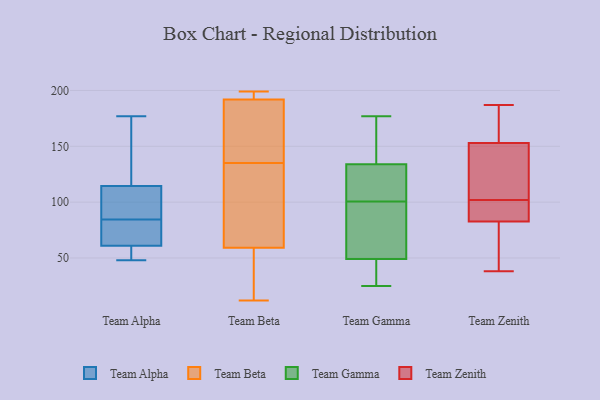
{"axis": {"x": "Latency (ms)", "y": "Value"}, "legend": ["Team Alpha", "Team Beta", "Team Gamma", "Team Zenith"], "data": [{"x": "", "y": 64, "type": "Team Alpha"}, {"x": "", "y": 95, "type": "Team Alpha"}, {"x": "", "y": 99, "type": "Team Alpha"}, {"x": "", "y": 162, "type": "Team Alpha"}, {"x": "", "y": 81, "type": "Team Alpha"}, {"x": "", "y": 48, "type": "Team Alpha"}, {"x": "", "y": 59, "type": "Team Alpha"}, {"x": "", "y": 63, "type": "Team Alpha"}, {"x": "", "y": 177, "type": "Team Alpha"}, {"x": "", "y": 154, "type": "Team Alpha"}, {"x": "", "y": 76, "type": "Team Alpha"}, {"x": "", "y": 49, "type": "Team Alpha"}, {"x": "", "y": 88, "type": "Team Alpha"}, {"x": "", "y": 98, "type": "Team Alpha"}, {"x": "", "y": 130, "type": "Team Alpha"}, {"x": "", "y": 54, "type": "Team Alpha"}, {"x": "", "y": 135, "type": "Team Beta"}, {"x": "", "y": 190, "type": "Team Beta"}, {"x": "", "y": 12, "type": "Team Beta"}, {"x": "", "y": 55, "type": "Team Beta"}, {"x": "", "y": 27, "type": "Team Beta"}, {"x": "", "y": 58, "type": "Team Beta"}, {"x": "", "y": 192, "type": "Team Beta"}, {"x": "", "y": 193, "type": "Team Beta"}, {"x": "", "y": 192, "type": "Team Beta"}, {"x": "", "y": 67, "type": "Team Beta"}, {"x": "", "y": 169, "type": "Team Beta"}, {"x": "", "y": 195, "type": "Team Beta"}, {"x": "", "y": 155, "type": "Team Beta"}, {"x": "", "y": 199, "type": "Team Beta"}, {"x": "", "y": 198, "type": "Team Beta"}, {"x": "", "y": 38, "type": "Team Beta"}, {"x": "", "y": 122, "type": "Team Beta"}, {"x": "", "y": 69, "type": "Team Beta"}, {"x": "", "y": 63, "type": "Team Beta"}, {"x": "", "y": 122, "type": "Team Gamma"}, {"x": "", "y": 142, "type": "Team Gamma"}, {"x": "", "y": 48, "type": "Team Gamma"}, {"x": "", "y": 47, "type": "Team Gamma"}, {"x": "", "y": 177, "type": "Team Gamma"}, {"x": "", "y": 116, "type": "Team Gamma"}, {"x": "", "y": 50, "type": "Team Gamma"}, {"x": "", "y": 53, "type": "Team Gamma"}, {"x": "", "y": 101, "type": "Team Gamma"}, {"x": "", "y": 156, "type": "Team Gamma"}, {"x": "", "y": 25, "type": "Team Gamma"}, {"x": "", "y": 100, "type": "Team Gamma"}, {"x": "", "y": 44, "type": "Team Gamma"}, {"x": "", "y": 143, "type": "Team Gamma"}, {"x": "", "y": 93, "type": "Team Gamma"}, {"x": "", "y": 126, "type": "Team Gamma"}, {"x": "", "y": 38, "type": "Team Zenith"}, {"x": "", "y": 117, "type": "Team Zenith"}, {"x": "", "y": 104, "type": "Team Zenith"}, {"x": "", "y": 187, "type": "Team Zenith"}, {"x": "", "y": 102, "type": "Team Zenith"}, {"x": "", "y": 86, "type": "Team Zenith"}, {"x": "", "y": 85, "type": "Team Zenith"}, {"x": "", "y": 165, "type": "Team Zenith"}, {"x": "", "y": 82, "type": "Team Zenith"}, {"x": "", "y": 180, "type": "Team Zenith"}, {"x": "", "y": 45, "type": "Team Zenith"}]}